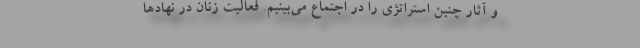
و آثار چنین استراتژی را در اجتماع می‌بینیم. فعالیت زنان در نهادها